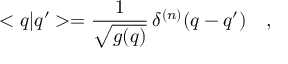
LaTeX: < q | q ^ { \prime } > = \frac { 1 } { \sqrt { g ( q ) } } \, \delta ^ { ( n ) } ( q - q ^ { \prime } ) \ \ \ ,